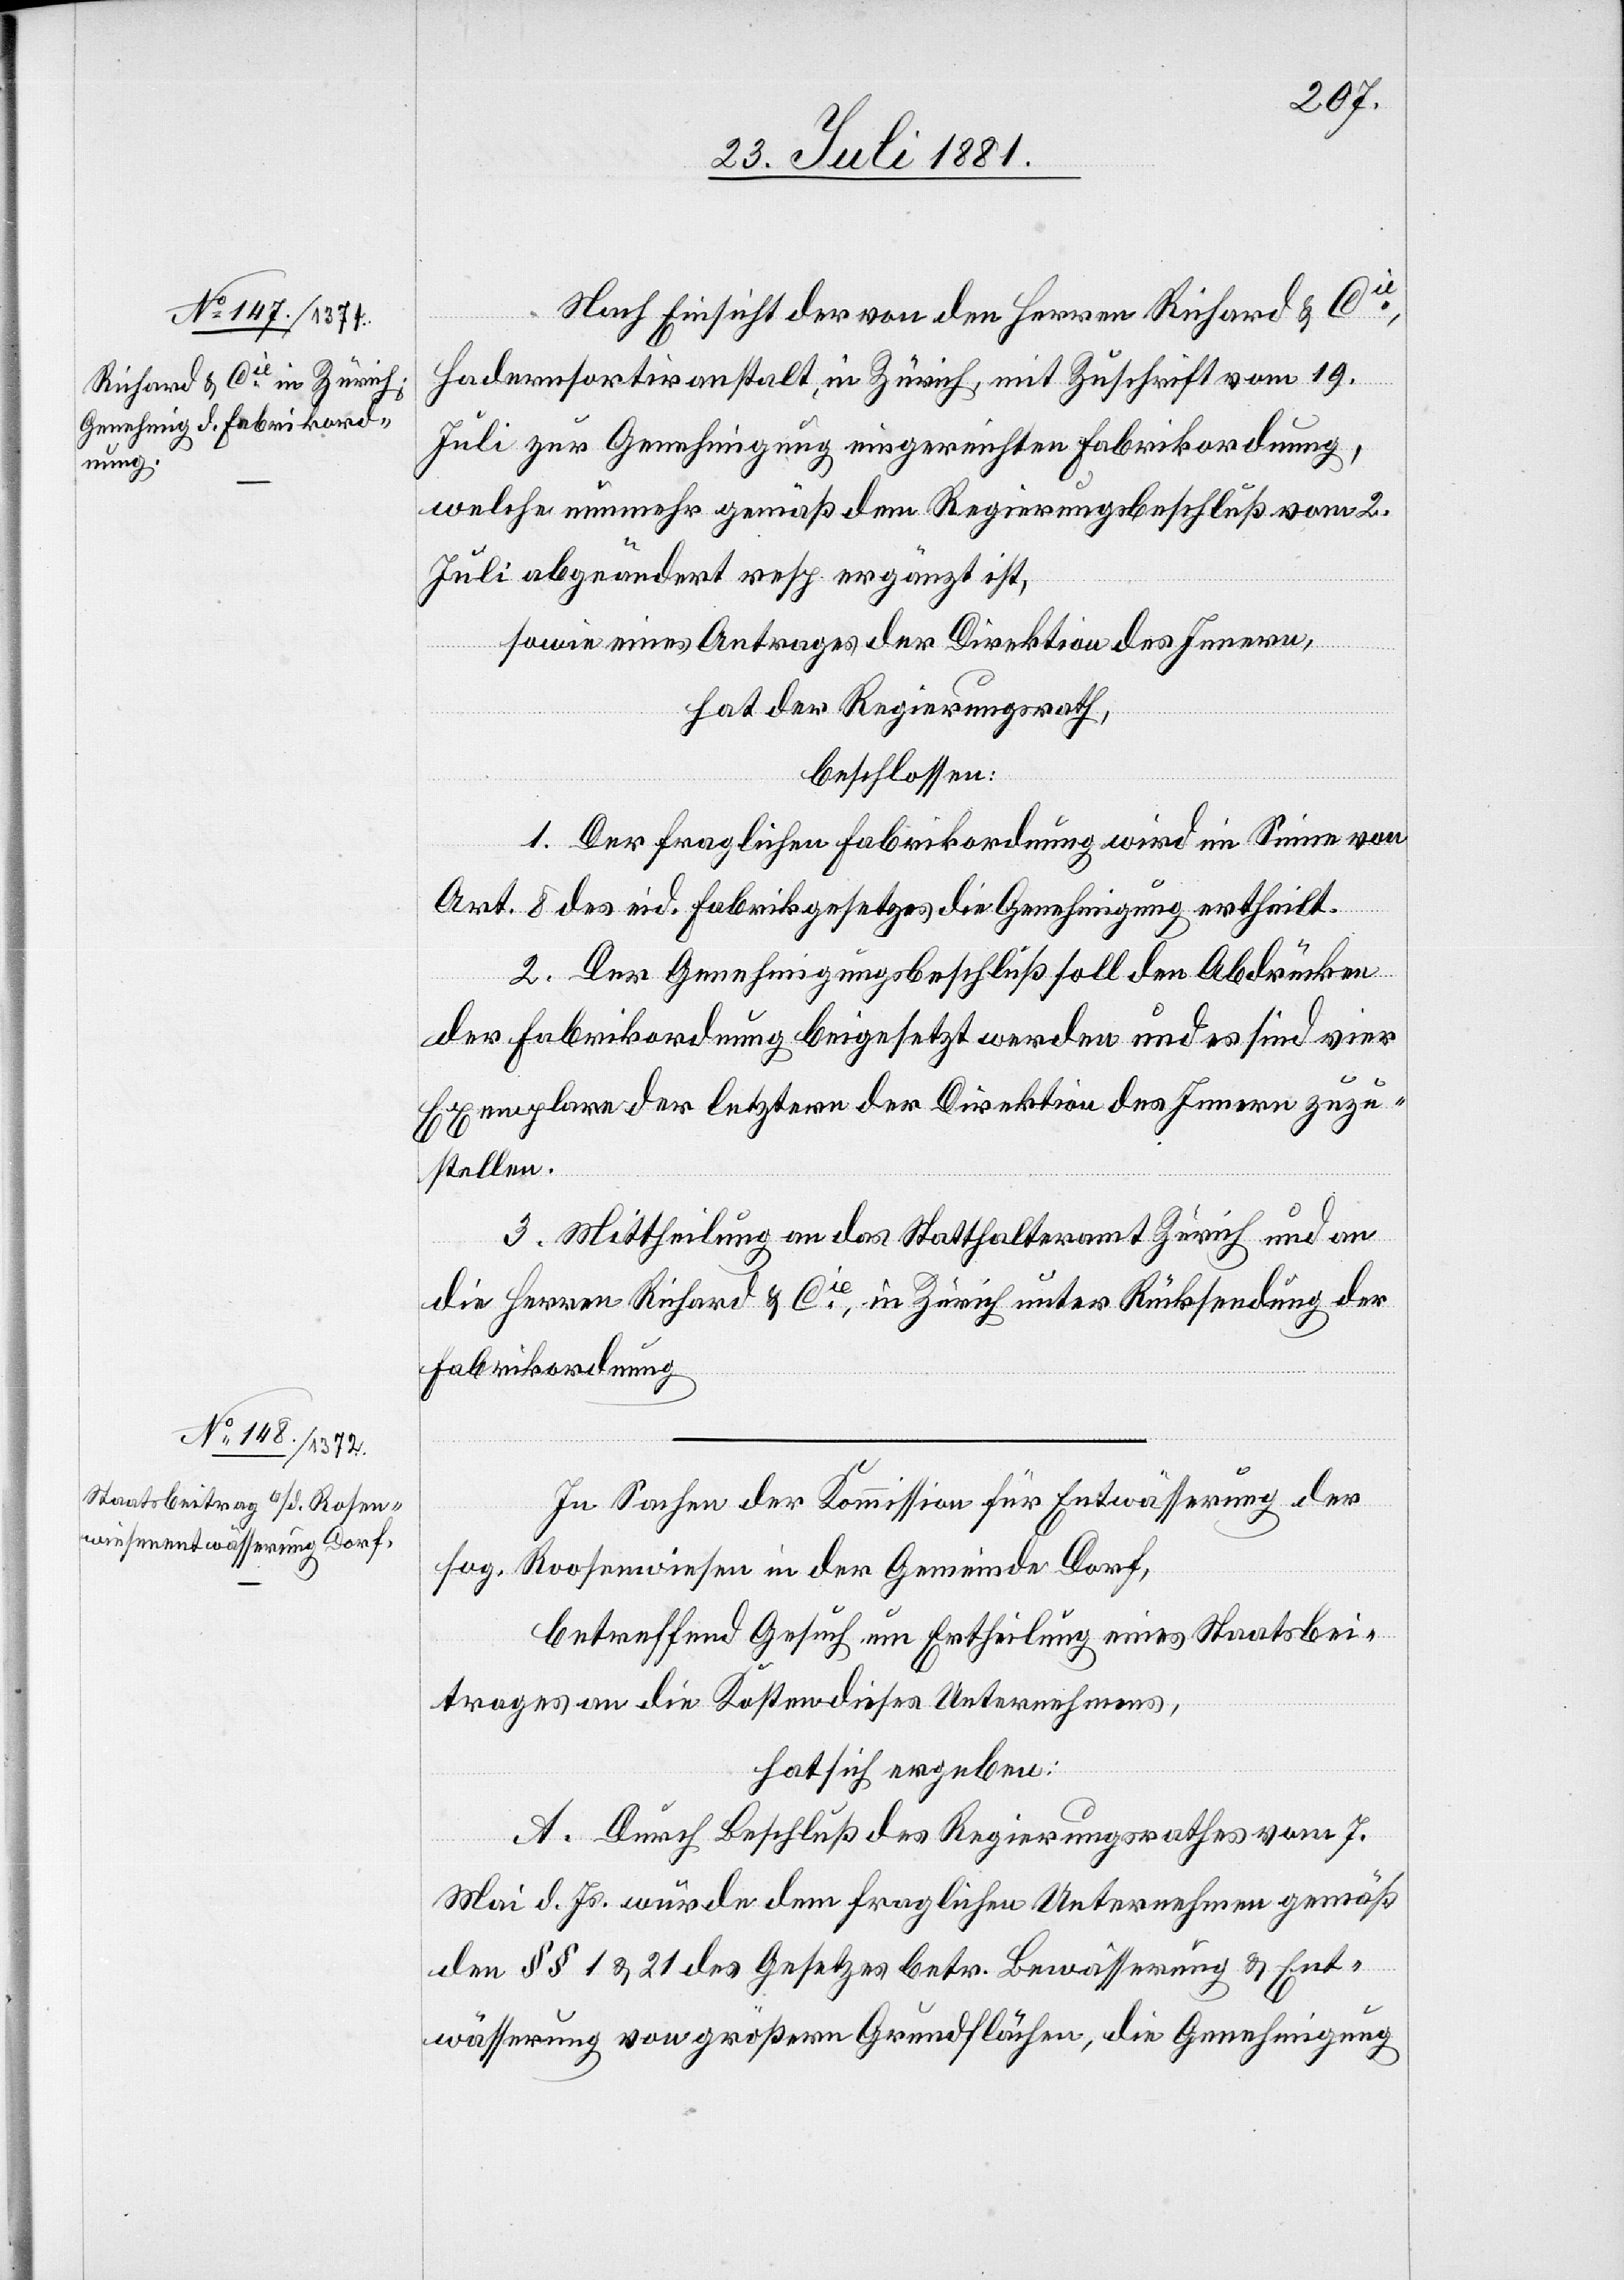
Nach Einsicht der von den Herren Richard & Ci¬
e
Hadernsortiranstalt, in Zürich, mit Zuschrift vom 19.
Juli zur Genehmigung eingereichten Fabrikordnung,
welche nunmehr gemäß dem Regierungsbeschluß vom 2.
Juli abgeändert resp. ergänzt ist,
sowie eines Antrages der Direktion des Innern,
hat der Regierungsrath,
beschlossen
1. Der fraglichen Fabrikordnung wird im Sinne von
Art. 8 des eid. Fabrikgesetzes die Genehmigung ertheilt.
2. Der Genehmigungsbeschluß soll den Abdrücken
der Fabrikordnung beigesetzt werden und es sind vier
Exemplare der letztern der Direktion des Innern zuzu¬
stellen.
3. Mittheilung an das Statthalteramt Zürich und an
die Herren Richard & Cie, in Zürich unter Rücksendung der
Fabrikordnung.
In Sachen der Kommission für Entwässerung der
sog. Roosenwiesen [sic!] in der Gemeinde Dorf,
betreffend Gesuch um Ertheilung eines Staatsbei¬
trages an die Kosten dieses Unternehmens,
hat sich ergeben:
A. Durch Beschluß des Regierungsrathes vom 7.
Mai d. Js. wurde dem fraglichen Unternehmen gemäß
den §§ 1 & 21 des Gesetzes betr. Bewässerung & Ent¬
wässerung von größern Grundflächen, die Genehmigung